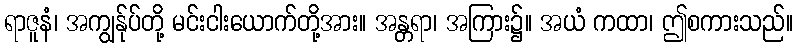
ရာဇူနံ၊ အကျွန်ုပ်တို့ မင်းငါးယောက်တို့အား။ အန္တရာ၊ အကြား၌။ အယံ ကထာ၊ ဤစကားသည်။